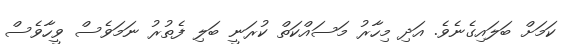
ކަމަށް ބަލައިގެނެވެ. އަދި މިހާރު މަސައްކަތް ކުރަނީ ބަލި ފެތުރު ނަމަވެސް ވީހާވެސް